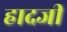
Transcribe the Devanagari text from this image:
हादजी